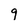
Character: 9